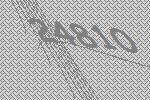
24810